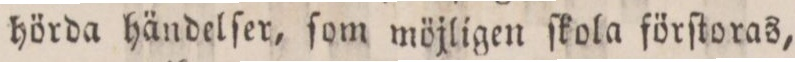
hörda händelſer, ſom möjligen ſkola förſtoras,